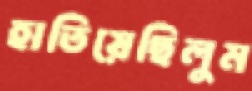
হাতিয়েছিলুম